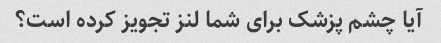
آیا چشم پزشک برای شما لنز تجویز کرده است؟